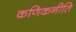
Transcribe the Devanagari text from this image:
कणिकनीति